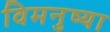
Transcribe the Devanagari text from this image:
विमनुष्या